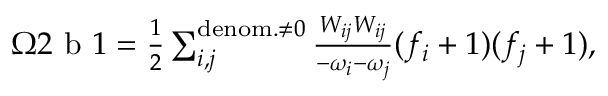
\begin{array} { r } { \Omega 2 \mathrm { ~ b ~ } 1 = \frac { 1 } { 2 } \sum _ { i , j } ^ { \mathrm { d e n o m . } \neq 0 } \frac { W _ { i j } W _ { i j } } { - \omega _ { i } - \omega _ { j } } ( f _ { i } + 1 ) ( f _ { j } + 1 ) , } \end{array}